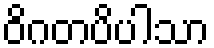
ဝိဂတပိပါသာ